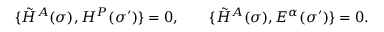
\{ \tilde { H } ^ { A } ( \sigma ) , { \cal H } ^ { P } ( \sigma ^ { \prime } ) \} = 0 , \qquad \{ \tilde { H } ^ { A } ( \sigma ) , { \cal E } ^ { \alpha } ( \sigma ^ { \prime } ) \} = 0 .